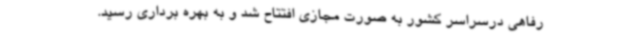
رفاهی درسراسر کشور به صورت مجازی افتتاح شد و به بهره برداری رسید.